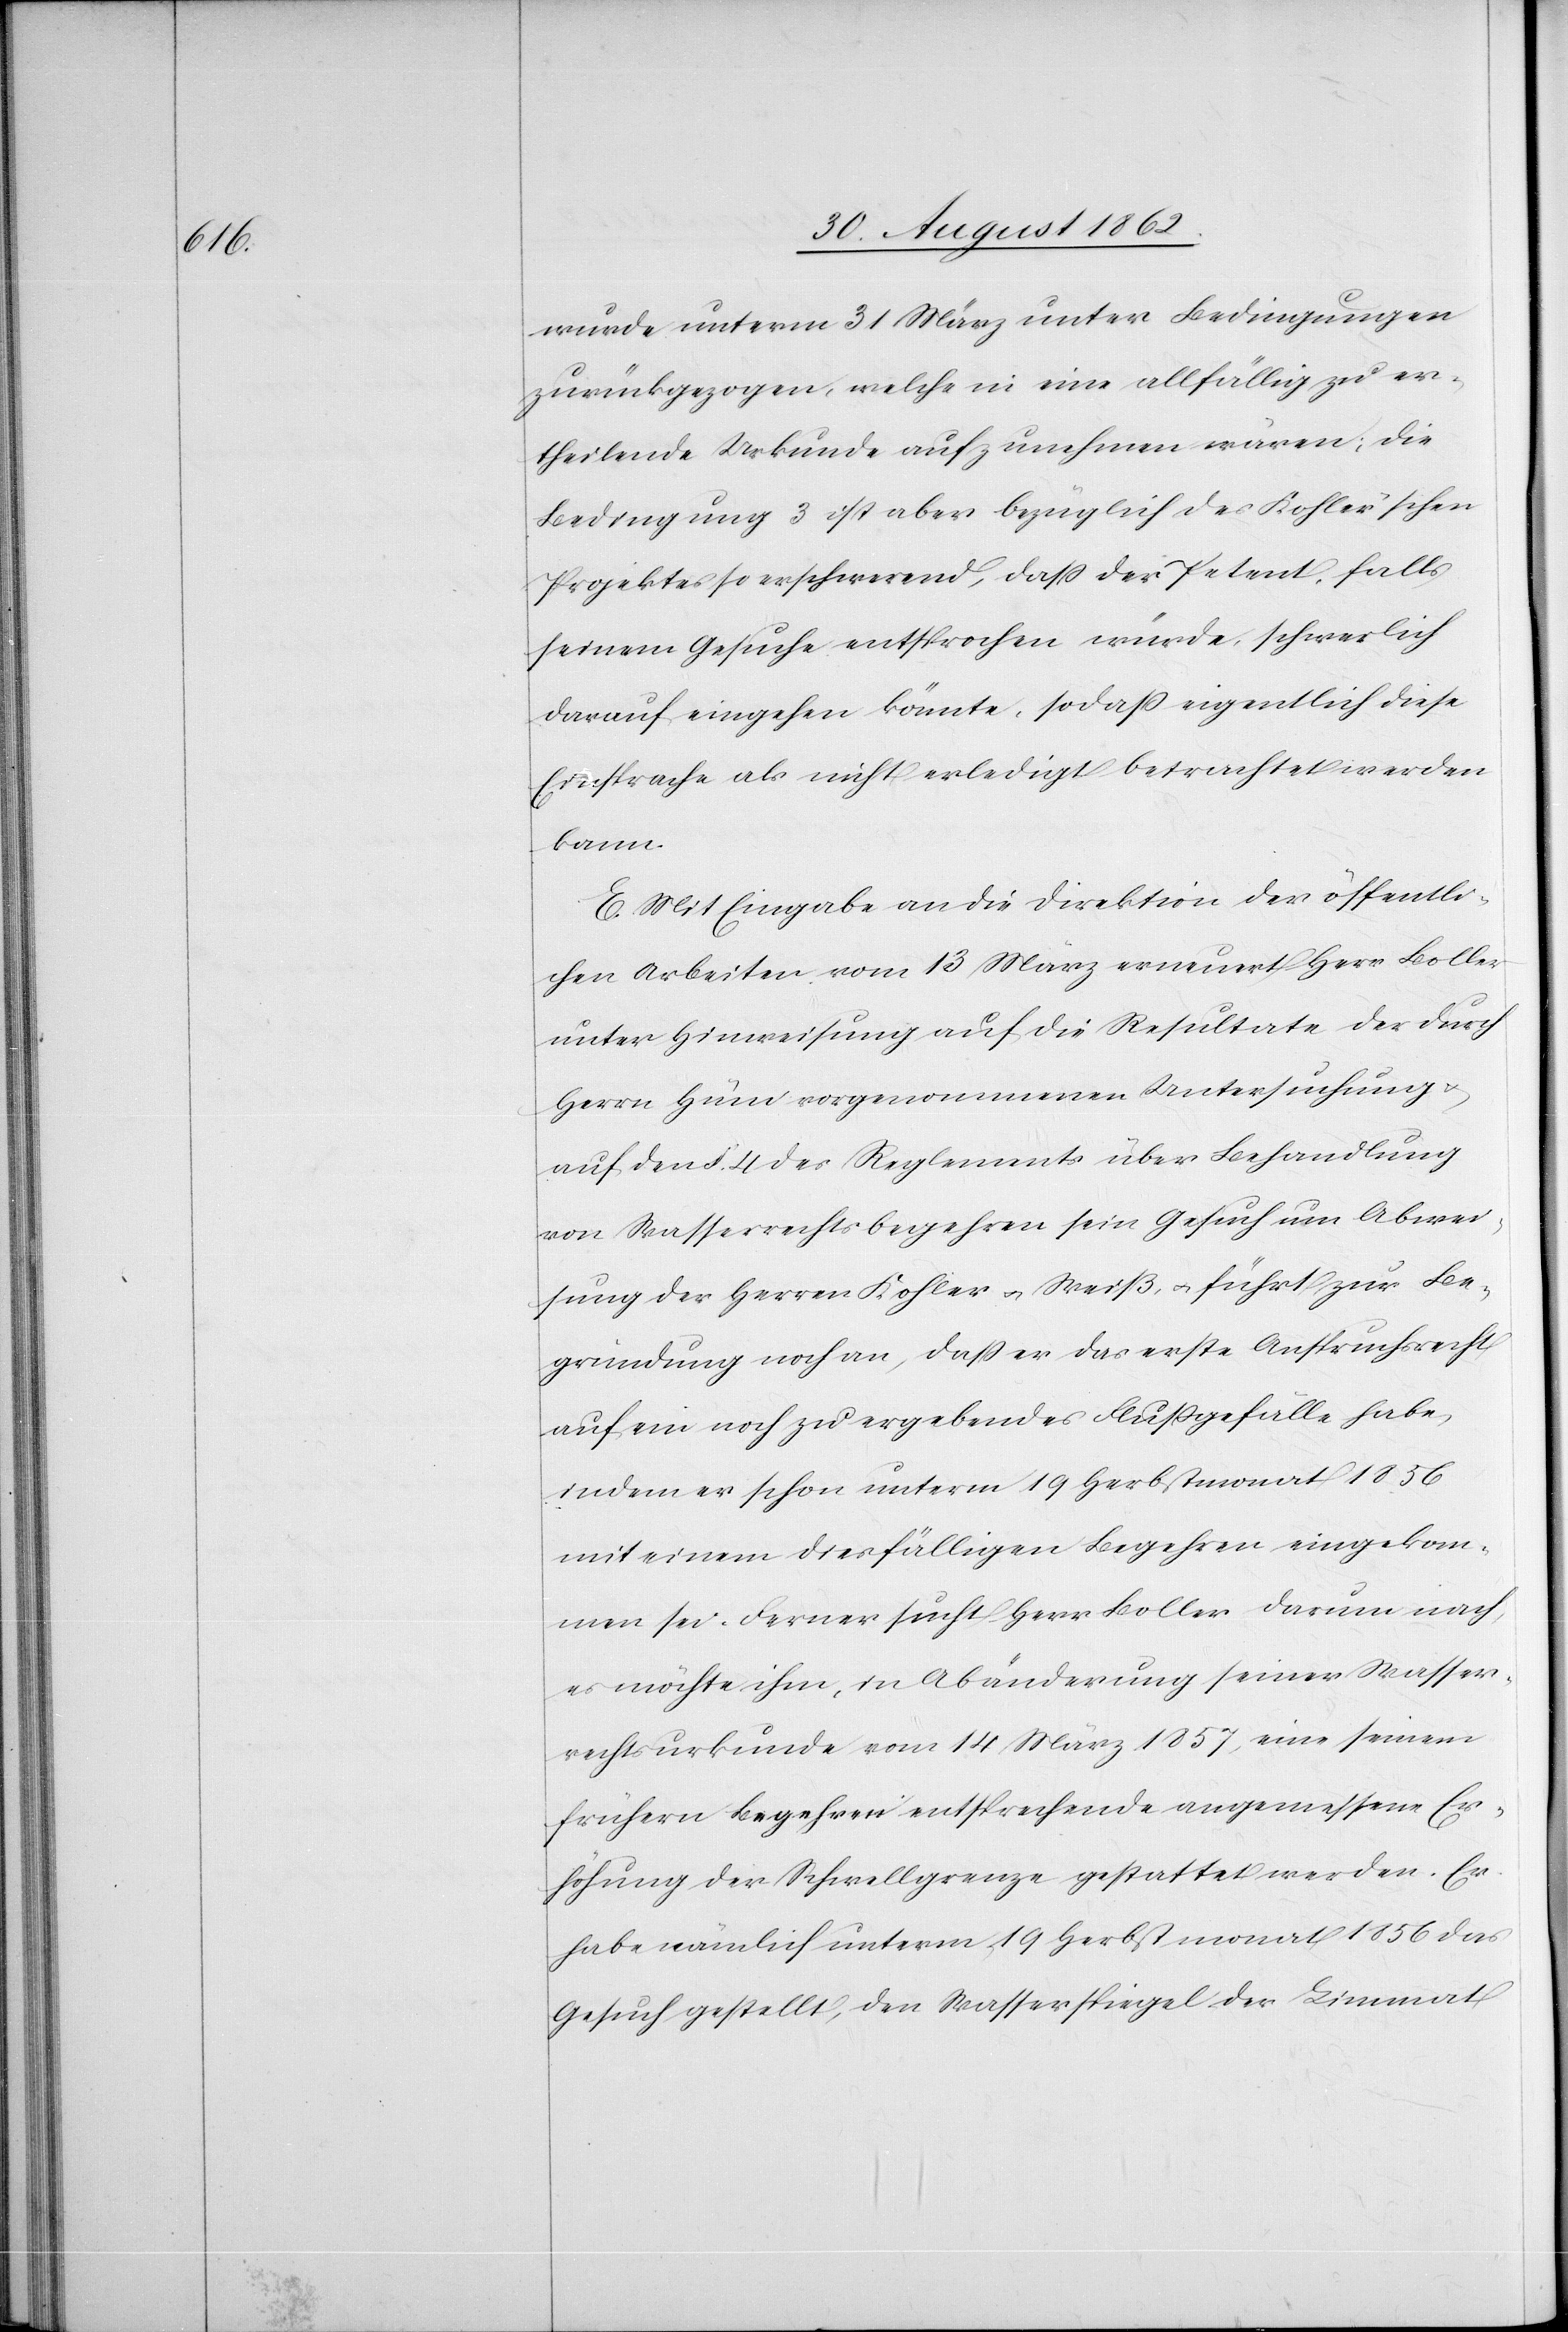
wurde unterm 31. März unter Bedingungen
zurückgezogen, welche in eine allfällig zu er¬
theilende Urkunde aufzunehmen wären; die
Bedingung 3 ist aber bezüglich des Kohler’schen
Projektes so erschwerend, daß der Petent, falls
seinem Gesuche entsprochen würde, schwerlich
darauf eingehen könnte, so daß eigentlich diese
Einsprache als nicht erledigt betrachtet werden
kann.
E. Mit Eingabe an die Direktion der öffentli¬
chen Arbeiten vom 13. März erneuert Herr Boller
unter Hinweisung auf die Resultate der durch
Herrn Hüni vorgenommenen Untersuchung u.
auf den §. 4 des Reglements über Behandlung
von Wasserrechtsbegehren sein Gesuch um Abwei¬
sung der Herren Kohler u. Weiß, u. führt zur Be¬
gründung noch an, daß er das erste Anspruchsrecht
auf ein noch zu ergebendes Flußgefälle habe,
indem er schon unterm 19. Herbstmonat 1856
mit einem diesfälligen Begehren eingekom¬
men sei. Ferner sucht Herr Boller darum nach,
es möchte ihm, in Abänderung seiner Wasser¬
rechtsurkunde vom 14. März 1857 eine seinem
frühern Begehren entsprechende angemessene Er¬
höhung der Schwellgrenze gestattet werden. Er
habe nämlich unterm 19. Herbstmonat 1856 das
Gesuch gestellt, den Wasserspiegel der Limmat